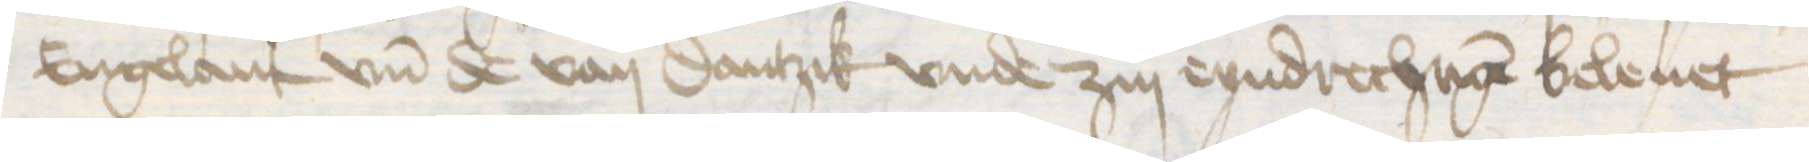
Engelant vnd de van Dantzik vnde zin eyndrechtigen beleuet